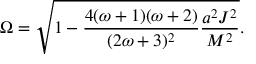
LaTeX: \Omega = \sqrt { 1 - \frac { 4 ( \omega + 1 ) ( \omega + 2 ) } { ( 2 \omega + 3 ) ^ { 2 } } \frac { a ^ { 2 } J ^ { 2 } } { M ^ { 2 } } } .